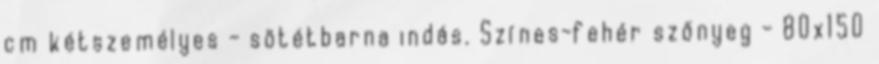
cm kétszemélyes - sötétbarna indás. Színes-fehér szőnyeg - 80x150